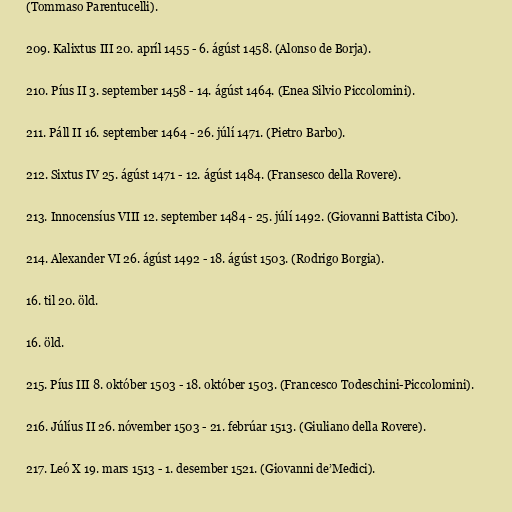
(Tommaso Parentucelli).

209. Kalixtus III 20. apríl 1455 - 6. ágúst 1458. (Alonso de Borja).

210. Píus II 3. september 1458 - 14. ágúst 1464. (Enea Silvio Piccolomini).

211. Páll II 16. september 1464 - 26. júlí 1471. (Pietro Barbo).

212. Sixtus IV 25. ágúst 1471 - 12. ágúst 1484. (Fransesco della Rovere).

213. Innocensíus VIII 12. september 1484 - 25. júlí 1492. (Giovanni Battista Cibo).

214. Alexander VI 26. ágúst 1492 - 18. ágúst 1503. (Rodrigo Borgia).

16. til 20. öld.

16. öld.

215. Píus III 8. október 1503 - 18. október 1503. (Francesco Todeschini-Piccolomini).

216. Júlíus II 26. nóvember 1503 - 21. febrúar 1513. (Giuliano della Rovere).

217. Leó X 19. mars 1513 - 1. desember 1521. (Giovanni de’Medici).